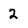
Character: 2